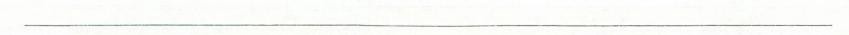
___